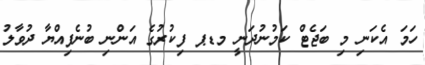
ހަމަ އެކަނި މި ބަޖެޓް ކަމުނުދަނީ މޑޕ ފިކުރުގެ އަންނި ބުނެފިއްޔާ ދުވާލު